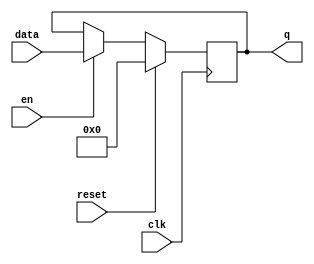
module reg32(
	input clk,		            // data is stored on rising edge 
	input en,			            // data is stored only when enable is high
	input reset, 	            // synchronous reset
	input [WIDTH-1:0] data,   // data you want to store
	output reg [WIDTH-1:0] q  // current data stored in register
	);
	localparam WIDTH = 32;

	always @(posedge clk) begin 
		if (reset) begin 
			q <= 0;
		end 
		else if (en) begin 
			q <= data;
		end 
	end 

endmodule